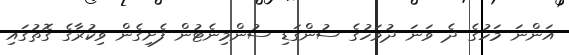
އަންނަ މަހުގެ ދެ ވަނަ ދުވަހުގެ ސުންގަޑި ސުންމިނެޓުން ފެށިގެން ވިކުރާގެ ގޮތުގައި